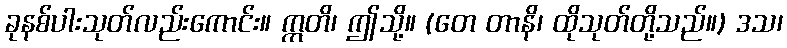
ခုနစ်ပါးသုတ်လည်းကောင်း။ ဣတိ၊ ဤသို့။ (တေ တာနိ၊ ထိုသုတ်တို့သည်။) ဒသ၊